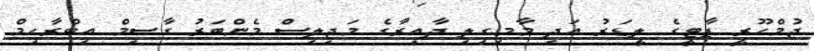
ޖުމްހޫރީ ޕާޓީގެ ލީޑަރު އަދި މާމިގިލި ދާއިރާގެ މަޖިލިސް މެންބަރު ގާސިމް އިބްރާހިމް